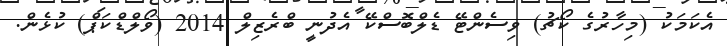
އެކަމަކު (މިހާރުގެ ކޯޗު) ވިސެންޓޭ ޑެލްބޮސްކޭ އެދުނީ ބްރެޒިލް 2014 (ވޯލްޑްކަޕް) ކުޅެން.